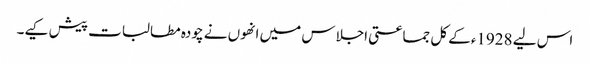
اس لیے 1928ءکے کل جماعتی اجلاس میں انھوں نے چودہ مطالبات پیش کیے۔